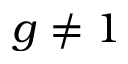
g \neq 1